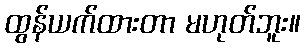
ထွန်ယက်ထားတာ မဟုတ်ဘူး။